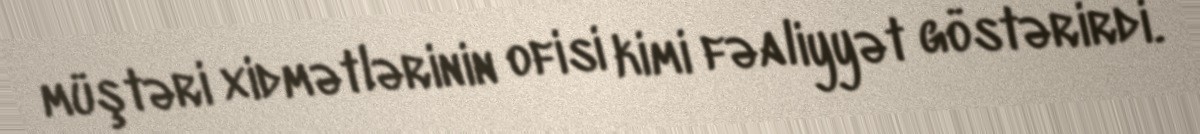
müştəri xidmətlərinin ofisi kimi fəaliyyət göstərirdi.